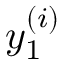
y _ { 1 } ^ { ( i ) }